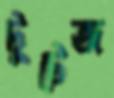
টুটেজ